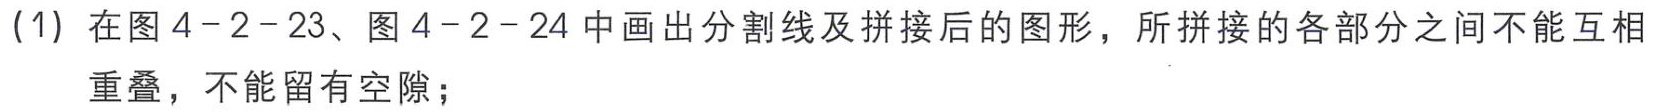
(1) 在图 4-2-23、图 4-2-24 中画出分割线及拼接后的图形，所拼接的各部分之间不能互相重叠，不能留有空隙；